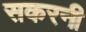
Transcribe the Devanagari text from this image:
सकरनी